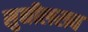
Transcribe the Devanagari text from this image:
सुनीलराव